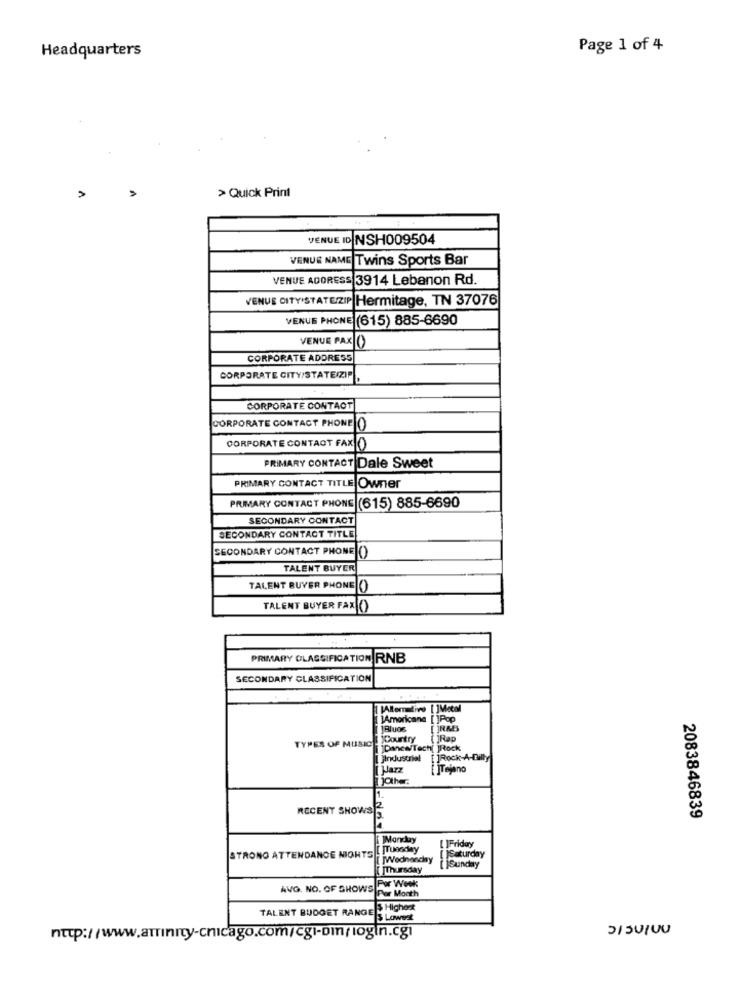
Headquarters
Page 1 of 4
> Quick Print
VENUE ID NSH009504
VENUE NAME Twins Sports Bar
VENUE ADORESS 3914 Lebanon Rd.
VENUE CITY'STATEZIP Hermitage, TN 37076
VENUE PHONE (615) 885-6690
VENUE PAX (
CORPORATE ADDRESS
CORPORATE CITY/STATE/ZIP
CORPORATE CONTACT
CORPORATE CONTACT PHONE ()
CORPORATE CONTAOT FAX ()
PRIMARY CONTACT Dale Sweet
PRIMARY CONTACT TITLE Owner
PRIMARY CONTACT PHONE (615) 885-6690
SECONDARY CONTACT
SECONDARY CONTACT TITLE
SECONDARY CONTACT PHONE
0
TALENT BUYER
TALENT BUYER PHONE [()
TALENT BUYER FAX()
PRIMARY CLASSIFICATION RNB
SECONDARY CLASSIFICATION
LAmericane
[ ] Pop
TYPES OF MUSIC
yCountry
Rap
Dance/Tech[ ]R
JIndustrial
Rock-A-Dil
jazz
ITejano
jother.
1.
RECENT SHOWS
2083846839
Monday
STRONG ATTENDANCE NIGHTS ! ITuesday
[ ]Friday
[ ]Wednesday
Saturday
[[Thursday
Sunday
AVG. NO. OF SHOWS
Por Week
Highest
TALENT BUDGET RANGE S Lowest
http://www.atrinity-chicago.com/cgi-bin/login.cgi